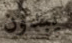
يبدون